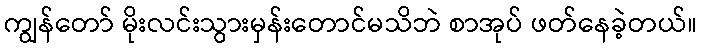
ကျွန်တော် မိုးလင်းသွားမှန်းတောင်မသိဘဲ စာအုပ် ဖတ်နေခဲ့တယ်။